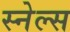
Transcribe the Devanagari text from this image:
स्नेल्स